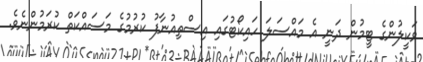
ވަކީލުންގެ ޓީމުން ދަނީ އެ މައްސަލަ ހައިކޯޓުގައި އިސްތިއުނާފު ކުރުމުގެ މަސައްކަތް ކުރަމުންނެވެ.